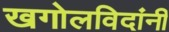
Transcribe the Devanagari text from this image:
खगोलविदांनी